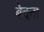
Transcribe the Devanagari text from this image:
बेदना